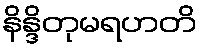
နိန္ဒိတုမရဟတိ